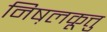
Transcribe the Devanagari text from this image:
निष़लकूत्तु